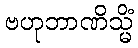
ဗဟုဘာဏိသ္မိံ